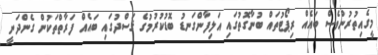
މީގެއިތުރުންވެސް ބައެއް ރިޕޯޓުތައް ބުނާގޮތުގައި އަލިފާންގަނޑު ބޮޑުކުރުމުގެ ޤަސްދުގައި ބައެއް ފަރާތްތަކުން ގެންދަނީ